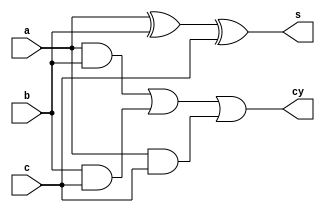
//Design
module fa(input a,b,c, output s,cy);
	assign s = a^b^c; //logic for sum
	assign cy = a&b | b&c | a&c; //logic for carry 
endmodule

//TB
module tb();
	reg a,b,c; //inputs
	wire s,cy; //outputs
    integer x=0; //error counter
	fa dut(a,b,c,s,cy); // instantiation
	
	initial begin
		repeat(100) begin //100 tests
			{a,b,c} = $random; //random input stimuli
			#1; //delay to see dut output 
			if ({cy,s} != a+b+c) x = x+1; // check if the output is as expected
		end
        if(!x) $display("SUCCESS"); //print success if correct
	    else $display("FAILURE"); //print failure is not
	end
endmodule